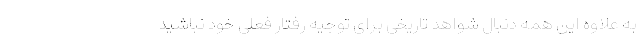
به علاوه این همه دنبال شواهد تاریخی برای توجیه رفتار فعلی خود نباشید